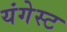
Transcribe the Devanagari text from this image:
यंगेस्ट